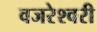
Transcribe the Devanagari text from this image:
वजरेश्वरी